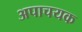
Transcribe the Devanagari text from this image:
अपाचयक